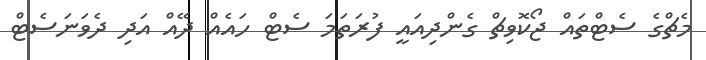
މެޗްގެ ސެޓްތައް ޖޯކޮވިޗް ގެންދިއައީ ފުރަތަމަ ސެޓް ހައެއް ދޭއް އަދި ދެވަނަސެޓް